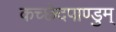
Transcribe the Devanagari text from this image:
कच्छेदपाण्डुम्